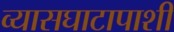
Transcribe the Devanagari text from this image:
व्यासघाटापाशी